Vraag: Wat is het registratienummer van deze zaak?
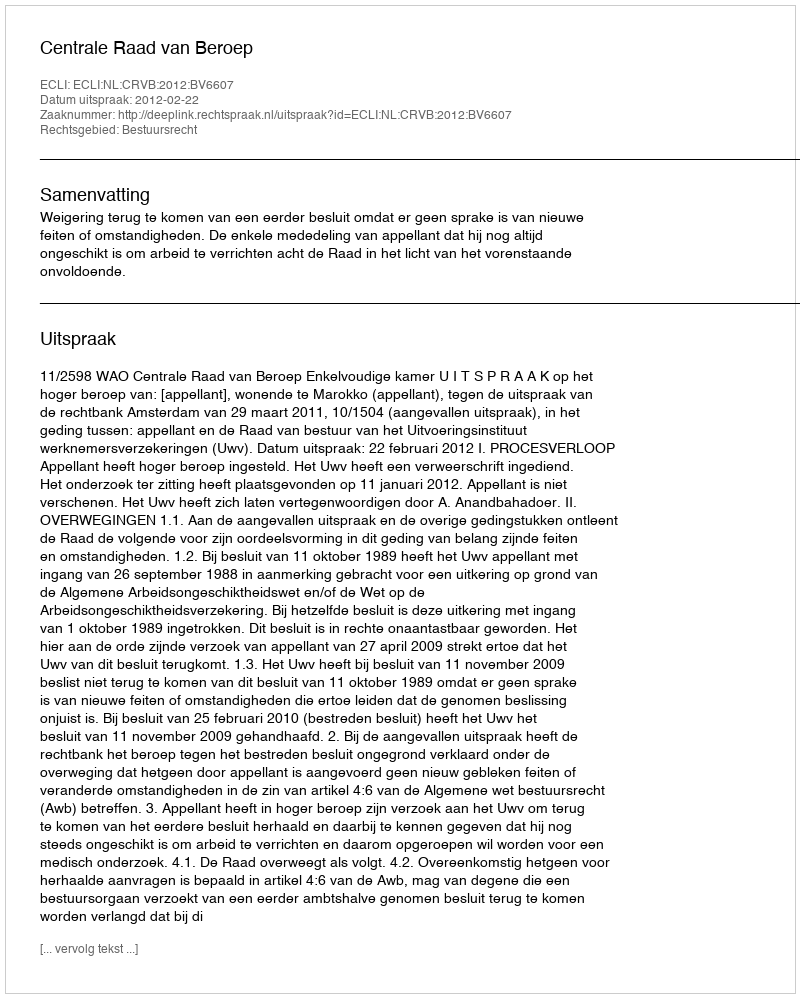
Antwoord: http://deeplink.rechtspraak.nl/uitspraak?id=ECLI:NL:CRVB:2012:BV6607